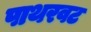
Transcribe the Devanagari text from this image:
पाथरवट